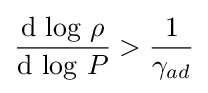
{\frac {{\text{d}}\,\log \,\rho }{{\text{d}}\,\log \,P}}>{\frac {1}{\gamma _{ad}}}